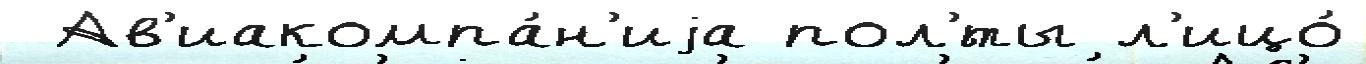
 Ав'иакомпа́н'иjа пол'́ты л'ицо́